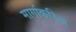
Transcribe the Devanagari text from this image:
मार्गाकरिता